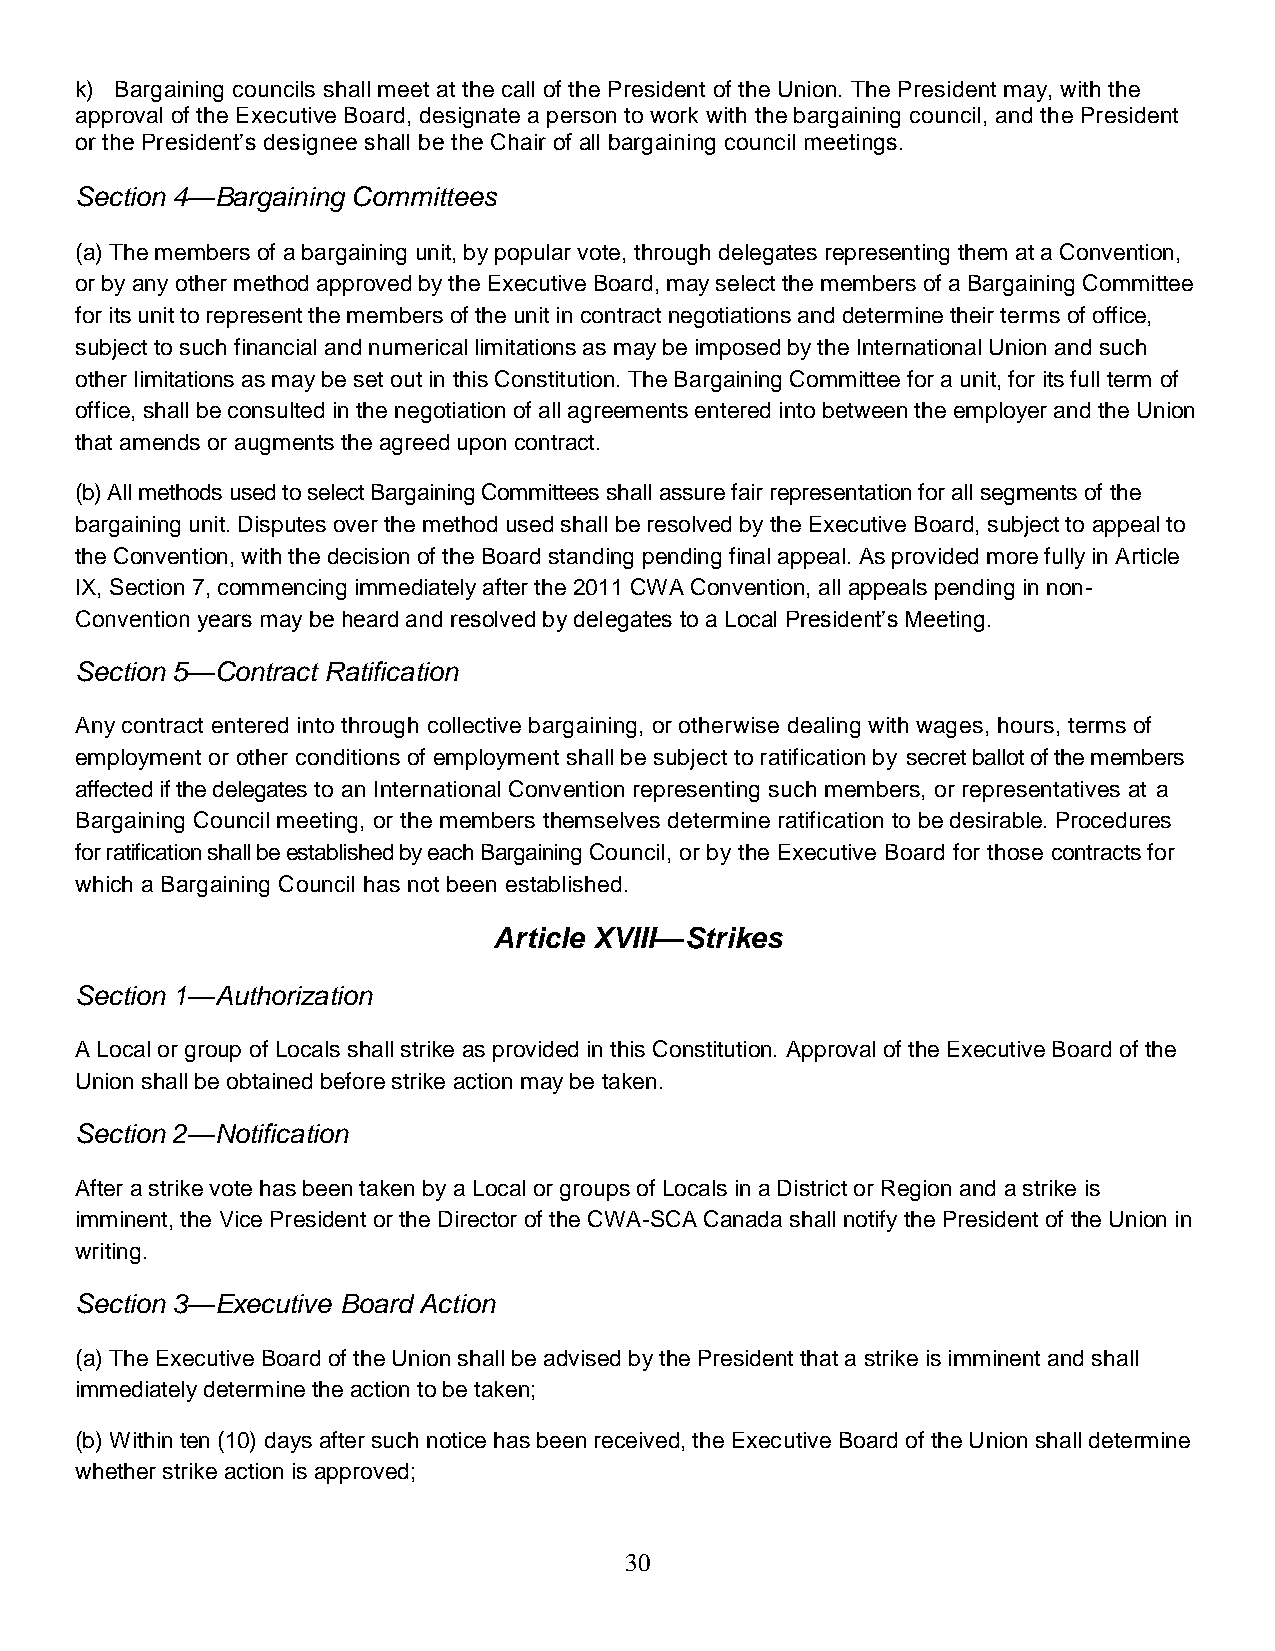
k) Bargaining councils shall meet at the call of the President of the Union. The President may, with the
 approval of the Executive Board, designate a person to work with the bargaining council, and the President
 or the President’s designee shall be the Chair of all bargaining council meetings.
 Section 4—Bargaining Committees
 (a) The members of a bargaining unit, by popular vote, through delegates representing them at a Convention,
 or by any other method approved by the Executive Board, may select the members of a Bargaining Committee
 for its unit to represent the members of the unit in contract negotiations and determine their terms of office,
 subject to such financial and numerical limitations as may be imposed by the International Union and such
 other limitations as may be set out in this Constitution. The Bargaining Committee for a unit, for its full term of
 office, shall be consulted in the negotiation of all agreements entered into between the employer and the Union
 that amends or augments the agreed upon contract.
 (b) All methods used to select Bargaining Committees shall assure fair representation for all segments of the
 bargaining unit. Disputes over the method used shall be resolved by the Executive Board, subject to appeal to
 the Convention, with the decision of the Board standing pending final appeal. As provided more fully in Article
 IX, Section 7, commencing immediately after the 2011 CWA Convention, all appeals pending in non-
 Convention years may be heard and resolved by delegates to a Local President’s Meeting.
 Section 5—Contract Ratification
 Any contract entered into through collective bargaining, or otherwise dealing with wages, hours, terms of
 employment or other conditions of employment shall be subject to ratification by secret ballot of the members
 affected if the delegates to an International Convention representing such members, or representatives at a
 Bargaining Council meeting, or the members themselves determine ratification to be desirable. Procedures
 for ratification shall be established by each Bargaining Council, or by the Executive Board for those contracts for
 which a Bargaining Council has not been established.
 Article XVIII—Strikes
 Section 1—Authorization
 A Local or group of Locals shall strike as provided in this Constitution. Approval of the Executive Board of the
 Union shall be obtained before strike action may be taken.
 Section 2—Notification
 After a strike vote has been taken by a Local or groups of Locals in a District or Region and a strike is
 imminent, the Vice President or the Director of the CWA-SCA Canada shall notify the President of the Union in
 writing.
 Section 3—Executive Board Action
 (a) The Executive Board of the Union shall be advised by the President that a strike is imminent and shall
 immediately determine the action to be taken;
 (b) Within ten (10) days after such notice has been received, the Executive Board of the Union shall determine
 whether strike action is approved;
 30